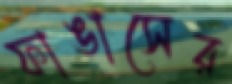
ফাঙাসের